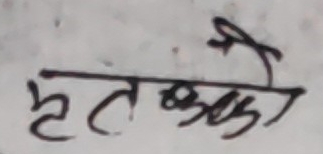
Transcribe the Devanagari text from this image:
हतक्षका